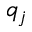
q _ { j }